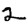
Digit: 2